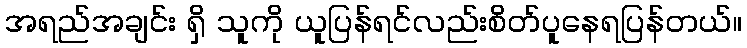
အရည်အချင်း ရှိ သူကို ယူပြန်ရင်လည်းစိတ်ပူနေရပြန်တယ်။